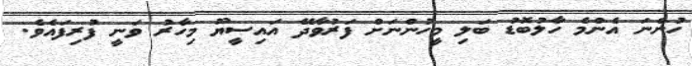
ހުންނަ އެންމެ ހާލުބޮޑު ބަލި މީހުންނަށް ފަރުވާދޭ އައިސީޔޫ މިހާރު ވަނީ ފުރިފައެވެ.